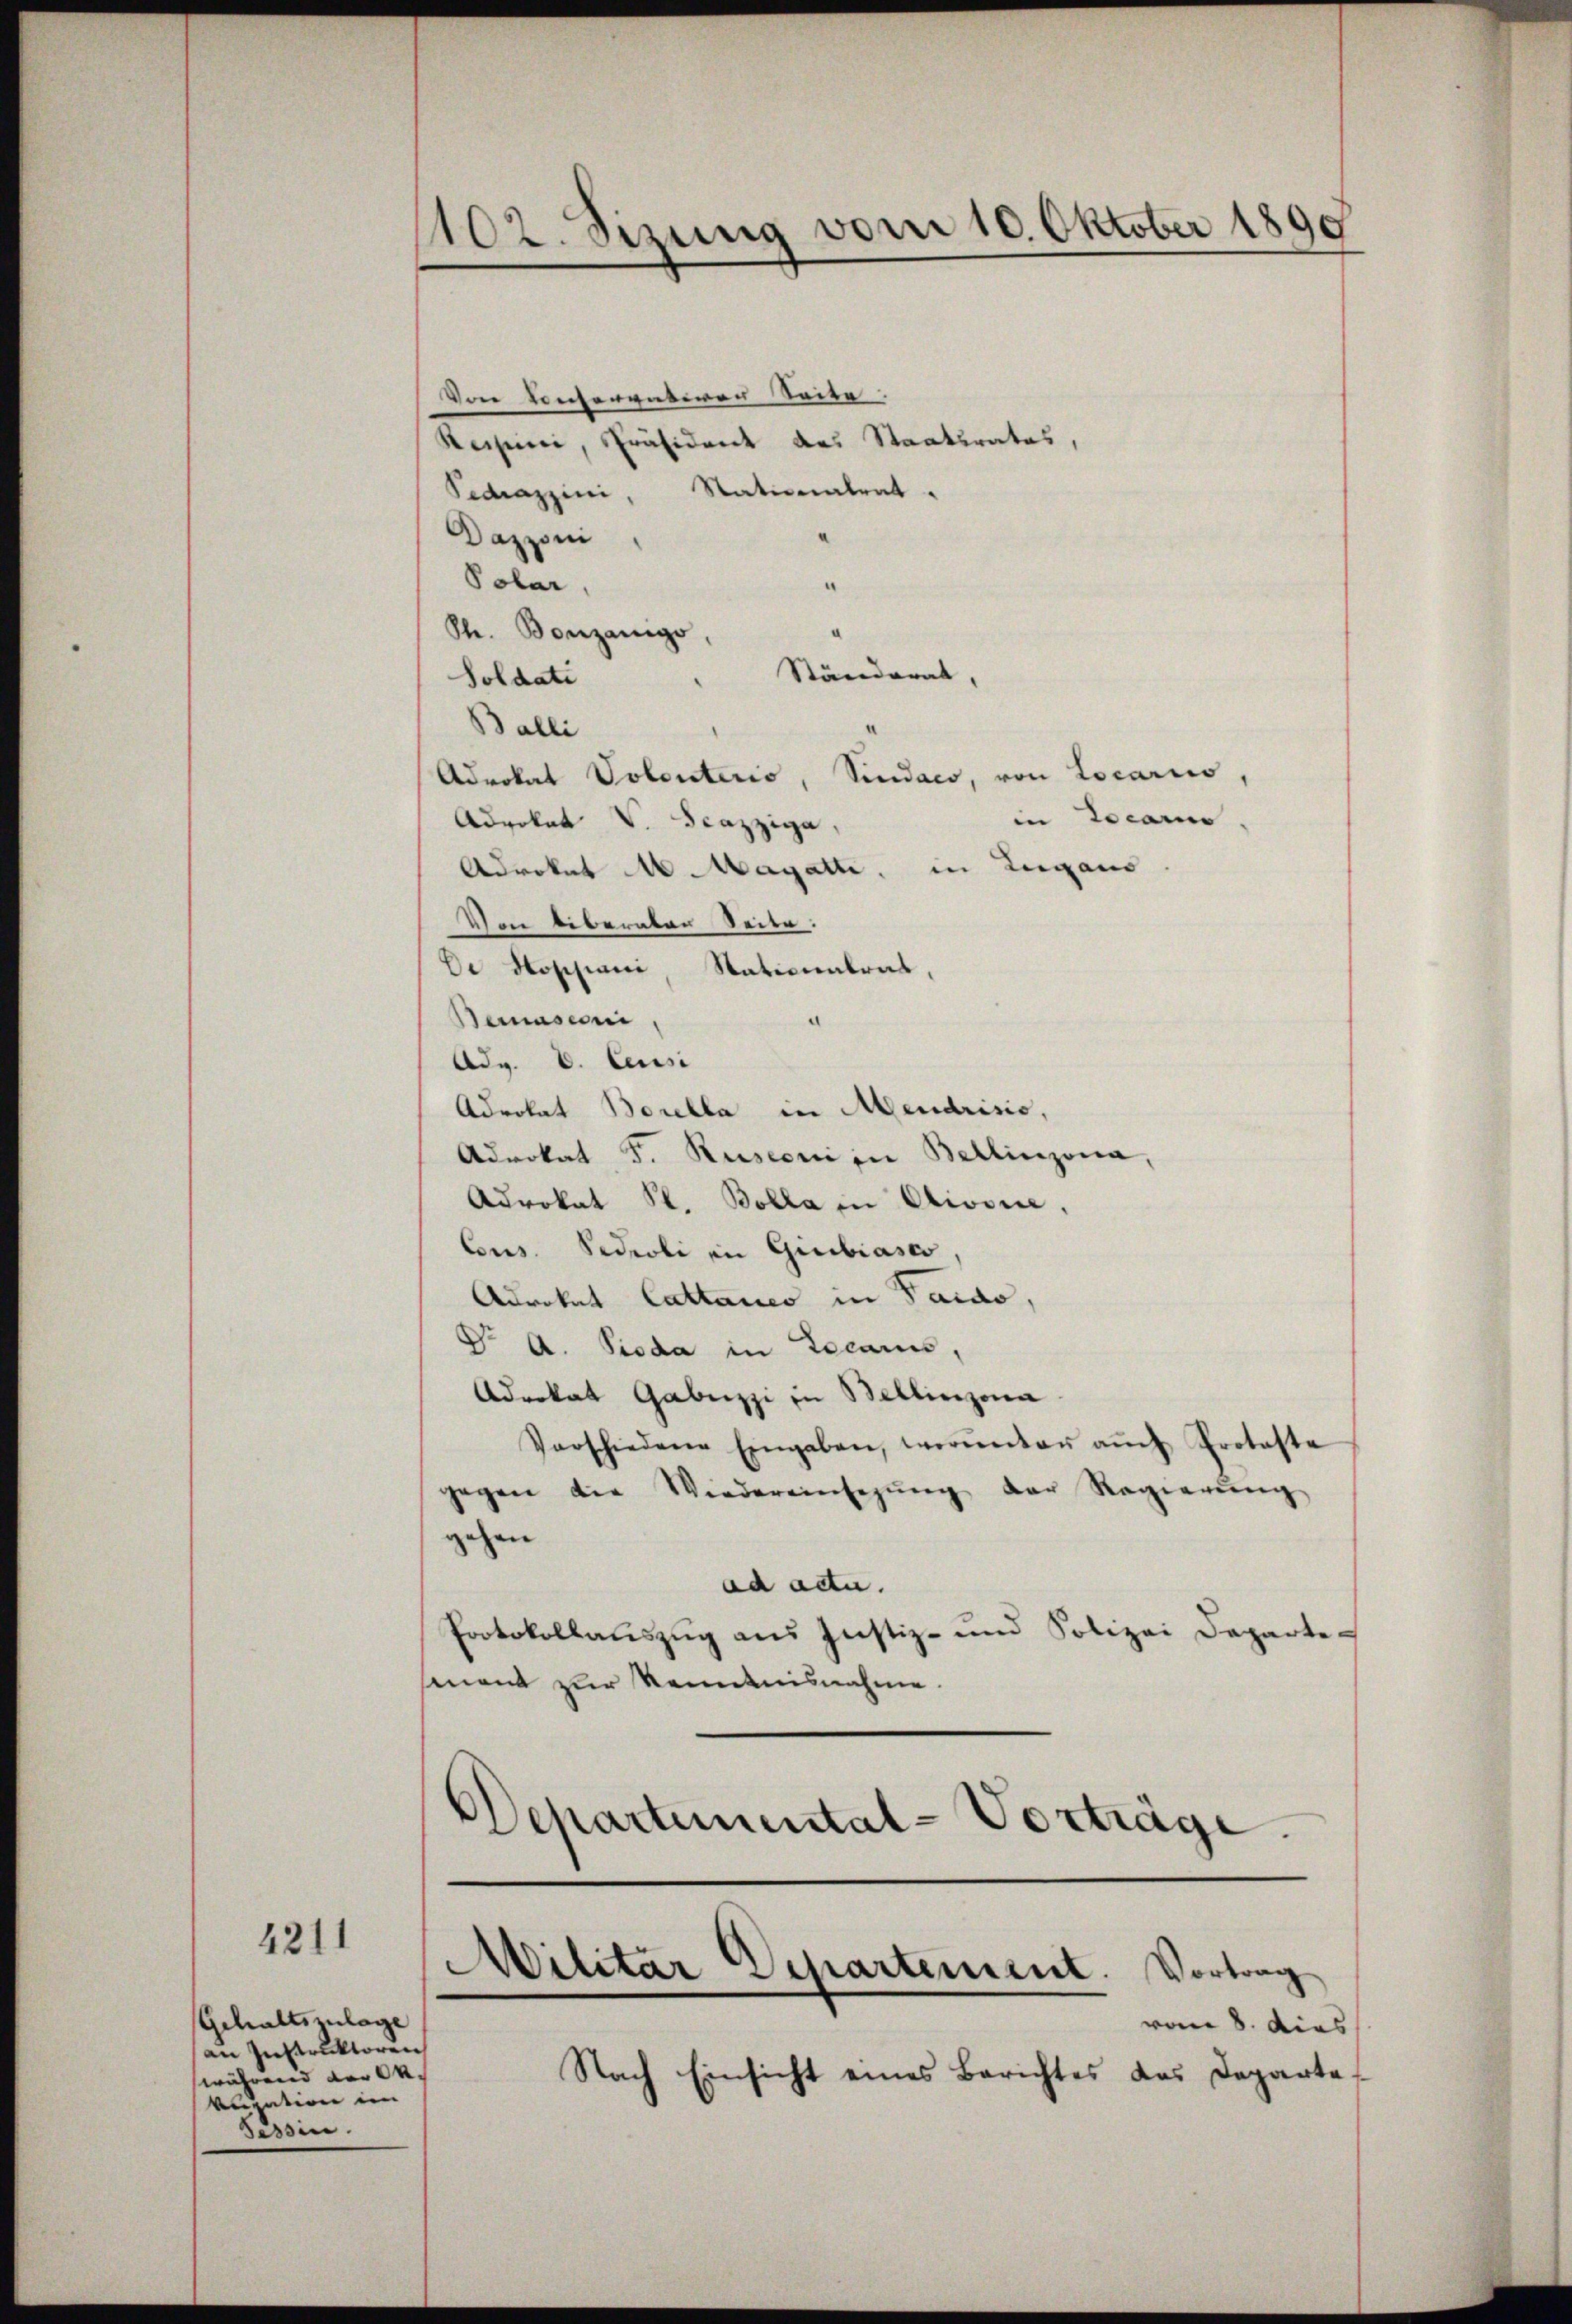
4211

Gehaltslage
an Instruktoren
während der An-
vn von im
Tessin.

1102. Sizung vom 10. Oktober 1890

Von Konservaterer Seite.
Reisini, Präsident des Staatsrates,
Fedrazzini, Nationatrat.
Dazzoni
Polar,
¬
St. Bonzangs,
Ständerat,
Soldati
Balli
Advokat Volonterio, Sindaco, von Locariis,
in Locarno.
Advokat V Scazziga,
Adrokat M. Magatte, in Lugano
Von liberaten Seite:
De Hossiani, Nationalrat,
Bemasconi
Adv. V. Ceusi
Advokat Borella in Mendrisis,
Advokat F. Rusconi in Bellinzona,
Advokat St. Bolla in Civsie.
Cons. Sideoli in Giubiasco,
Adrokat Cattaues in Pardo,
Dr A. Sieda in Locaris,
Adrokat Gabuzzi in Bellinzona
Vorschiedene Eingaben, worunter aŭch Proteste
gegen die Wiedereinsegŭng der Regierŭng
gehen
ad acta.
Protokollauszug aus Justiz- und Polizei Departemant zur Kenntnisnahme.
Dchartemental-Vorträge.

e
e
Wilitar Departement. Vortrag

vom 8. dies
Nach Einsicht eines Berichtes das Departe